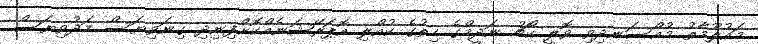
މައުލޫމާތު މުއްސަނދިވި ވޮލީ ކޯޗު ނަދީމްގެ ހިތުުގެ ކުއްލި އޮޕަރޭޝަނެއްކޮށްފިނިދި ގިނަވިޔަސް މަދުވިޔަސް